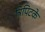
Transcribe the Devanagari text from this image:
त्रिपिटके